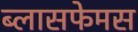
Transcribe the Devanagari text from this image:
ब्लासफेमस